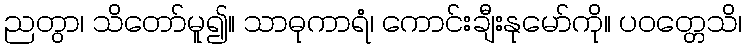
ညတွာ၊ သိတော်မူ၍။ သာဓုကာရံ၊ ကောင်းချီးနုမော်ကို။ ပဝတ္တေသိ၊